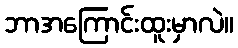
ဘာအကြောင်းထူးမှာလဲ။